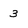
Character: 3